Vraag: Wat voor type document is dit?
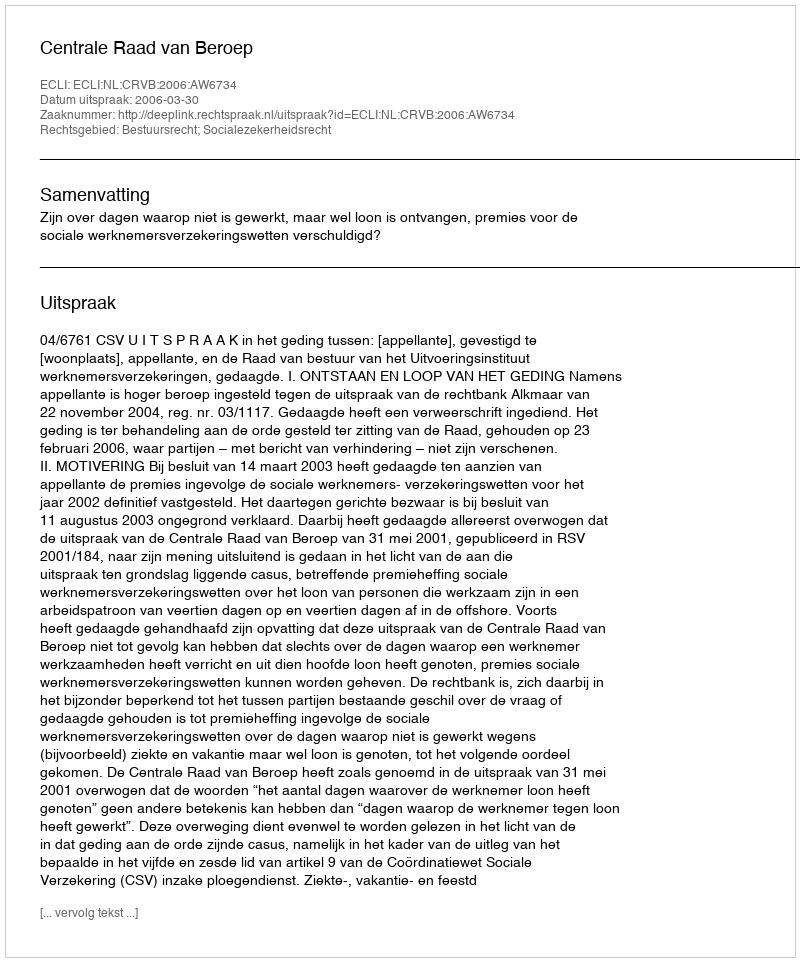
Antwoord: Uitspraak